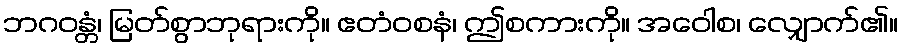
ဘဂဝန္တံ၊ မြတ်စွာဘုရားကို။ ဧတံဝစနံ၊ ဤစကားကို။ အဝေါစ၊ လျှောက်၏။